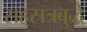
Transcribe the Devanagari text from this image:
सहस्रत्रबुद्धे